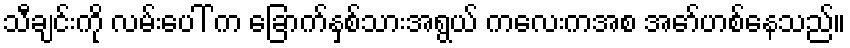
သီချင်းကို လမ်းပေါ် က ခြောက်နှစ်သားအရွယ် ကလေးကအစ အော်ဟစ်နေသည်။